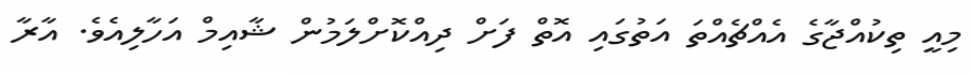
މިއީ ތިކުއްޖާގެ އެއްޗެއްތަ އަތުގައި އޮތް ފަށް ދިއްކޮށްލަމުން ޝާއިމް އަހާލިއެވެ. އާރާ